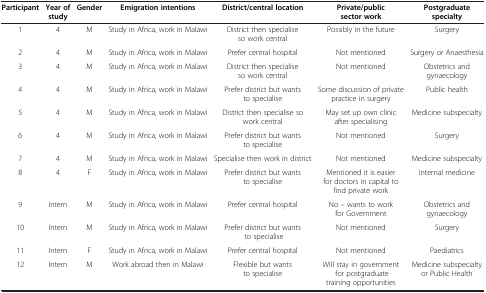
<table><thead><tr><td><b>Participant</b></td><td><b>Year of study</b></td><td><b>Gender</b></td><td><b>Emigration intentions</b></td><td><b>District/central location</b></td><td><b>Private/public sector work</b></td><td><b>Postgraduate specialty</b></td></tr></thead><tbody><tr><td>1</td><td>4</td><td>M</td><td>Study in Africa, work in Malawi</td><td>District then specialise so work central</td><td>Possibly in the future</td><td>Surgery</td></tr><tr><td>2</td><td>4</td><td>M</td><td>Study in Africa, work in Malawi</td><td>Prefer central hospital</td><td>Not mentioned</td><td>Surgery or Anaesthesia</td></tr><tr><td>3</td><td>4</td><td>M</td><td>Study in Africa, work in Malawi</td><td>District then specialise so work central</td><td>Not mentioned</td><td>Obstetrics and gynaecology</td></tr><tr><td>4</td><td>4</td><td>M</td><td>Study in Africa, work in Malawi</td><td>Prefer district but wants to specialise</td><td>Some discussion of private practice in surgery</td><td>Public health</td></tr><tr><td>5</td><td>4</td><td>M</td><td>Study in Africa, work in Malawi</td><td>District then specialise so work central</td><td>May set up own clinic after specialising</td><td>Medicine subspecialty</td></tr><tr><td>6</td><td>4</td><td>M</td><td>Study in Africa, work in Malawi</td><td>Prefer district but wants to specialise</td><td>Not mentioned</td><td>Surgery</td></tr><tr><td>7</td><td>4</td><td>M</td><td>Study in Africa, work in Malawi</td><td>Specialise then work in district</td><td>Not mentioned</td><td>Medicine subspecialty</td></tr><tr><td>8</td><td>4</td><td>F</td><td>Study in Africa, work in Malawi</td><td>Prefer district but wants to specialise</td><td>Mentioned it is easier for doctors in capital to find private work</td><td>Internal medicine</td></tr><tr><td>9</td><td>Intern</td><td>M</td><td>Study in Africa, work in Malawi</td><td>Prefer central hospital</td><td>No – wants to work for Government</td><td>Obstetrics and gynaecology</td></tr><tr><td>10</td><td>Intern</td><td>M</td><td>Study in Africa, work in Malawi</td><td>Prefer district but wants to specialise</td><td>Not mentioned</td><td>Surgery</td></tr><tr><td>11</td><td>Intern</td><td>F</td><td>Study in Africa, work in Malawi</td><td>Prefer central hospital</td><td>Not mentioned</td><td>Paediatrics</td></tr><tr><td>12</td><td>Intern</td><td>M</td><td>Work abroad then in Malawi</td><td>Flexible but wants to specialise</td><td>Will stay in government for postgraduate training opportunities</td><td>Medicine subspecialty or Public Health</td></tr></tbody></table>